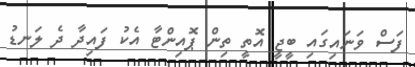
ފަސް ވަނައިގައި ބީޖީ އޮތީ ތިން ޕޮއިންޓާ އެކު ފައިދާ ދެ ލަނޑު